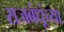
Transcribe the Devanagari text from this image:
राजबंधूंच्या